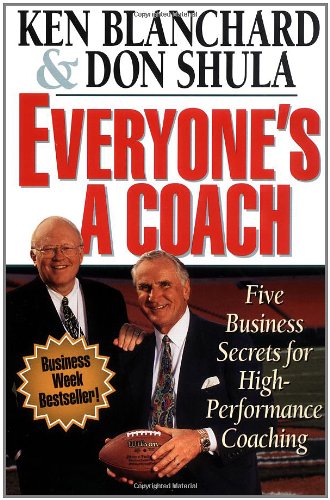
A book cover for Everyone's a Coach: Five Business Secrets for High Performance Coaching; Don Shula; Sports & Outdoors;